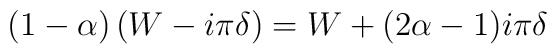
(1- \alpha ) \left( W - i \pi \delta \right) = W + (2 \alpha - 1 )i \pi \delta